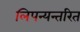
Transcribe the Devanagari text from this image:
लिपन्यन्तरित